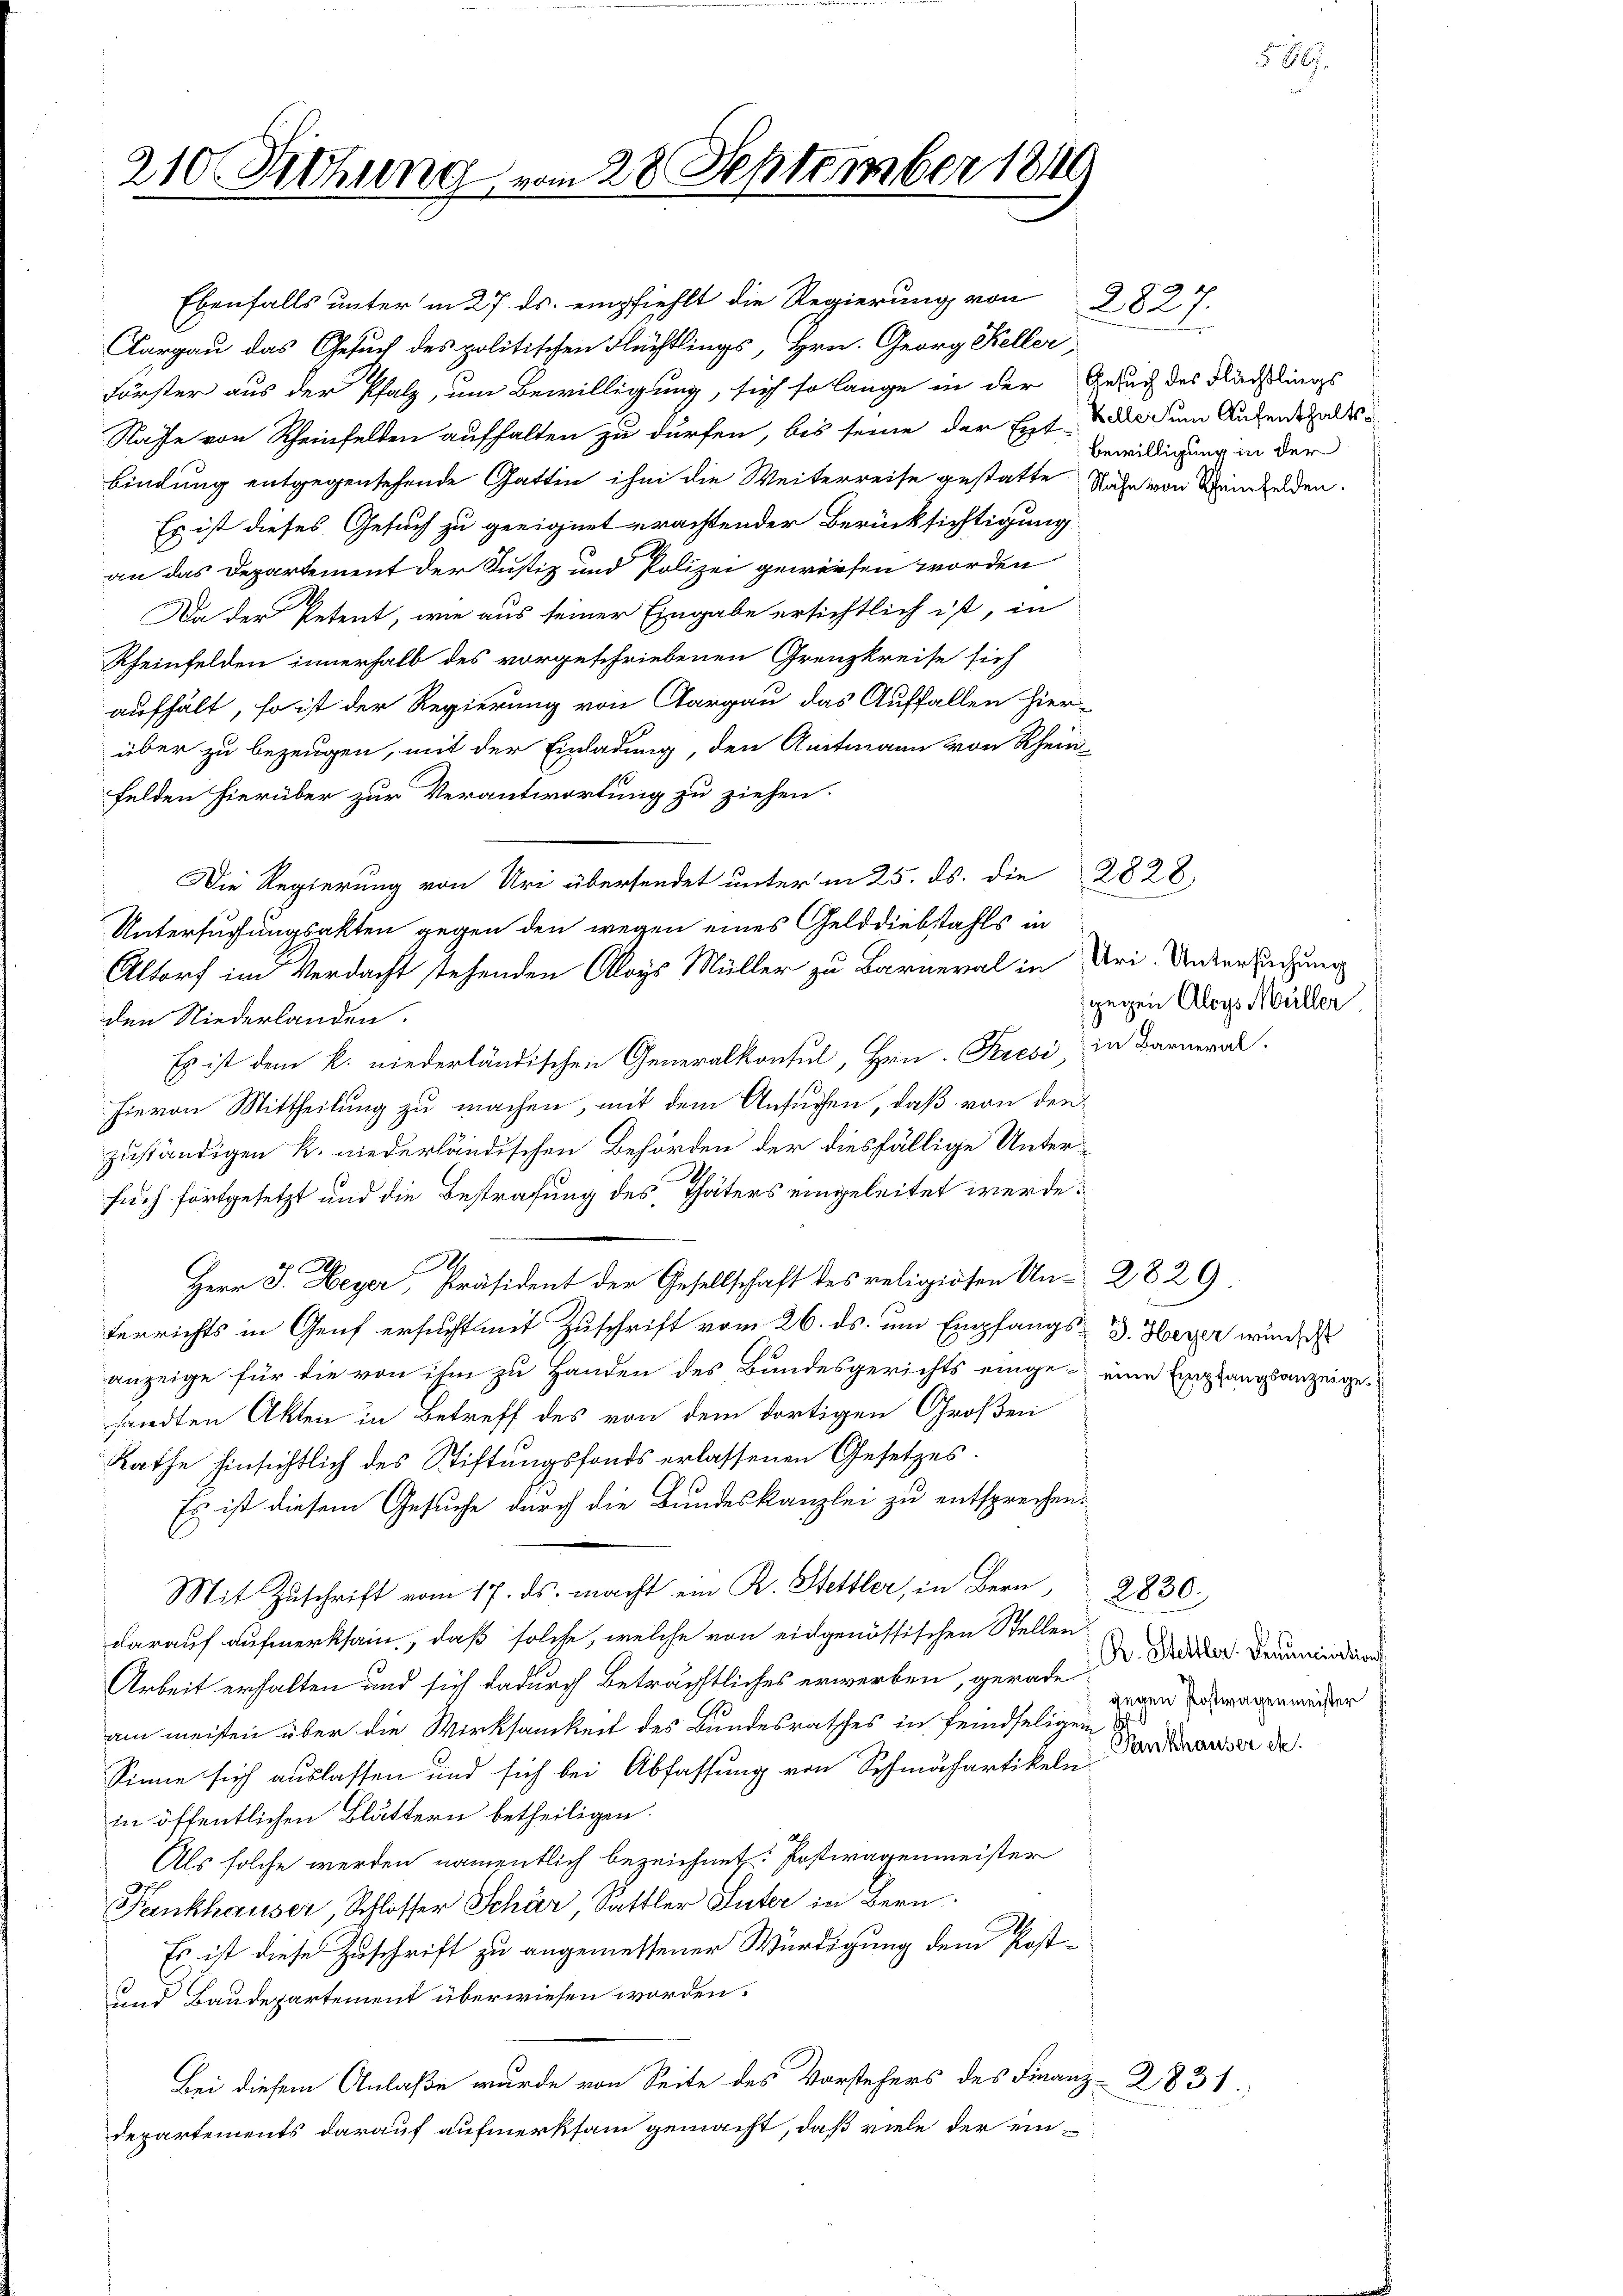
Aargau das Gesuch des politischen Flüchtlings, Hrn. Georg Keller,
Förster aus der Pfalz, um Bewilligung, sich so lange in der Gesuch des Flädtlings
Rafe von Rheinfelden aufhalten zu dürfen, bis seine der Extra dem Aufenthaltsbindung entgegensehende Gattin ihm die Weiterreise gestatte. Nähe von Seinenden.
Es ist dieses Gesuch zu geeignet erachtender Berücksichtigung
an das Departement der Justiz und Polizei gewiesen worden
Da der Petent, wie aus seiner Eingabe ersichtlich ist, in
Rheinfelden innerhalb des vorgeschriebenen Grenzkreise sich
aufhält, so ist der Regierung von Aargau das Auffallen hier-
über zu bezeugen, mit der Einladung, den Amtmann von Rhein-
felden hierüber zur Verantwortung zu ziehen.
Die Regierung von Uri übersendet unter in 25. ds. die 2828
Untersuchungsakten gegen den wegen eines Gelddiebstahls in
Altorf im Verdacht stehenden Aloys Müller zu Barneral in Uri, Unterlichung
den Niederlanden.
Es ist dem k. niederländischen Generalkonsul, Hrn. Predi, in Barneralhievon Mittheilung zu machen, mit dem Ansuchen, daß von denzuständigen k. niederländischen Behörden der diesfällige Untersuch fortgesetzt und die Bestrafung des Thäters eingeleitet werde.
Herr J. Weyer, Präsident der Gesellschaft des religiösen Un- 2829.
terrichts in Genf ersucht mit Zuschrift vom 26. ds. um Empfangs d. Herer wurde
anzeige für die von ihm zu Handen des Bundesgerichts einge- eine Empfangsanzeigesandten Akten in Betreff des von dem dortigen Großen
Rathe hinsichtlich des Stiftungsfonds erlassenen Gesetzes.
Es ist diesem Gesuche durch die Bundeskanzlei zu entsprechen.
Mit Zuschrift vom 17. ds. macht ein R. Hettler, in Bern,
darauf aufmerksam, daß solche, welche von eidgenössischen Stellen
Arbeit erhalten und sich dadurch Beträchtliches erwerben, gerade
am meisten über die Wirksamkeit des Bundesrathes in feindseligen
Sinne sich auslassen und sich bei Abfassung von Schmähartikeln
in öffentlichen Blättern betheiligen.
Als solche werden namentlich bezeichnet. Postwagenmeister
Fankhauser, Schlosser Schär Sattler Suter in Bern
Es ist diese Zuschrift zu angemessener Würdigung dem Post¬
und Baudepartement überwiesen worden.
Bei diesem Anlaße wurde von Seite des Vorstehers des Finanz-
Departements darauf aufmerksam gemacht, daß viele der ein¬

210 Sitzung vom 28 September 1849

Ebenfalls unter in 27. ds. empfiehlt die Regierung von 2827.

Bewilligung in der

gegen Aloys Müller

2830.
R. Stettler. Denunciations
gegen Postwagenmeister
Penkhäuser etc.

2831

540.